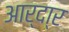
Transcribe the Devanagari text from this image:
आर्दा्र